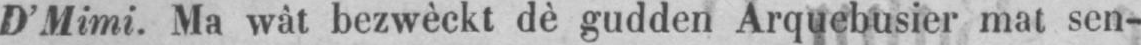
D’Mimi. Ma wât bezwèckt dè gudden Arquebusier mat sen-